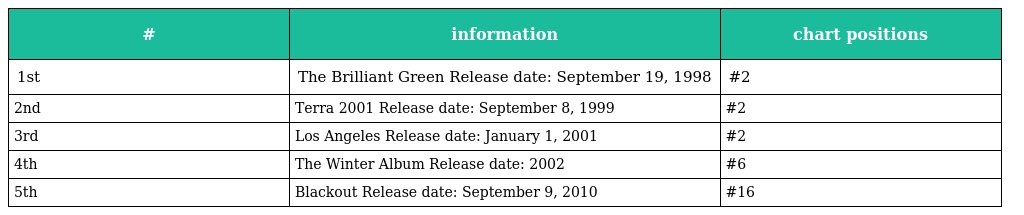
| # | information | chart positions |
 | --- | --- | --- |
 | 1st | The Brilliant Green Release date: September 19, 1998 | #2 |
 | 2nd | Terra 2001 Release date: September 8, 1999 | #2 |
 | 3rd | Los Angeles Release date: January 1, 2001 | #2 |
 | 4th | The Winter Album Release date: 2002 | #6 |
 | 5th | Blackout Release date: September 9, 2010 | #16 |